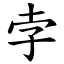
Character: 孛